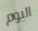
اليوم